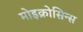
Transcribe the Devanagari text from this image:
मोइक्रोसिन्स